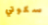
سكوتي